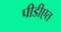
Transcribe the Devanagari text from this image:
पीडीएत